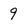
Character: 9